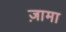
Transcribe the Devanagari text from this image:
ज़ामा